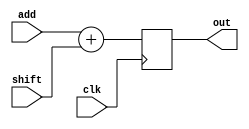
module add2(add,shift,out,clk);
input[31:0]add,shift;
input clk;
output reg [31:0] out;
always@(posedge clk)
	out=add+shift;
endmodule